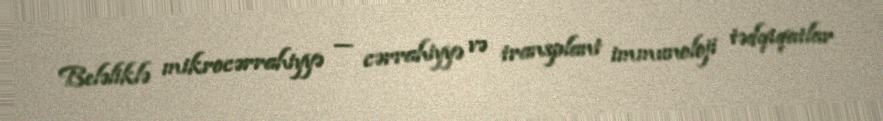
Beləliklə mikrocərrahiyyə — cərrahiyyə və transplant immunoloji tədqiqatlar